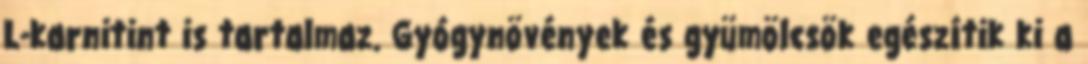
L-karnitint is tartalmaz. Gyógynövények és gyümölcsök egészítik ki a